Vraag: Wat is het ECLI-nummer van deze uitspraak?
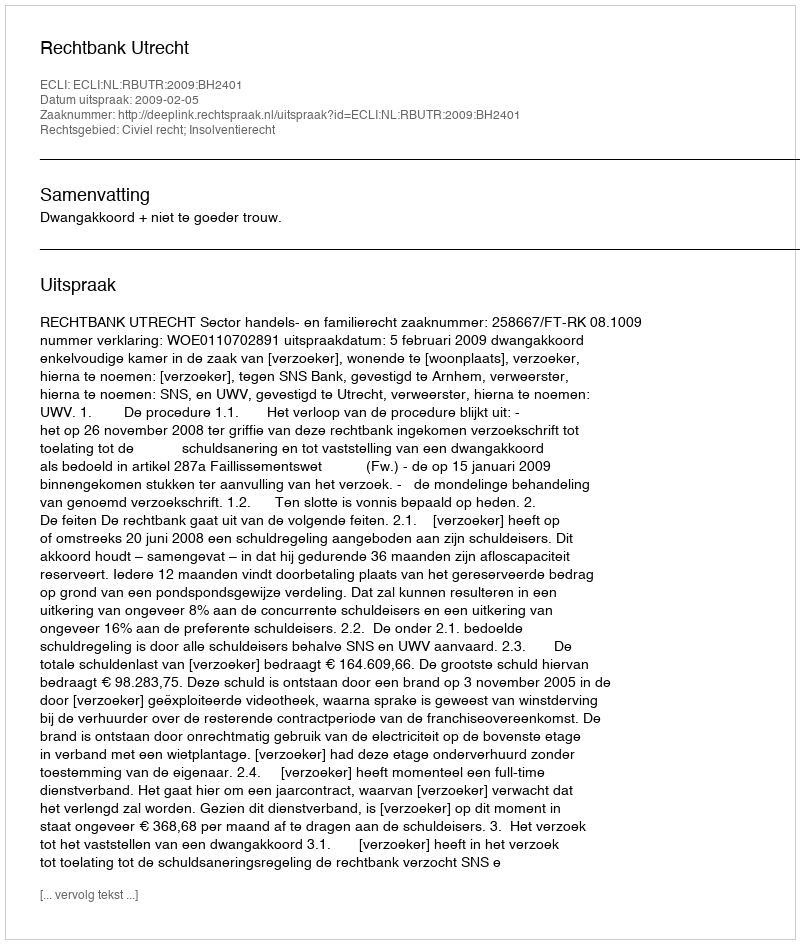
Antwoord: ECLI:NL:RBUTR:2009:BH2401